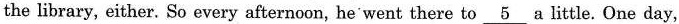
the library, either. So every afternoon, he went there to \underline{ 5} a little.One day,